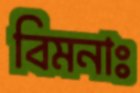
বিমনাঃ